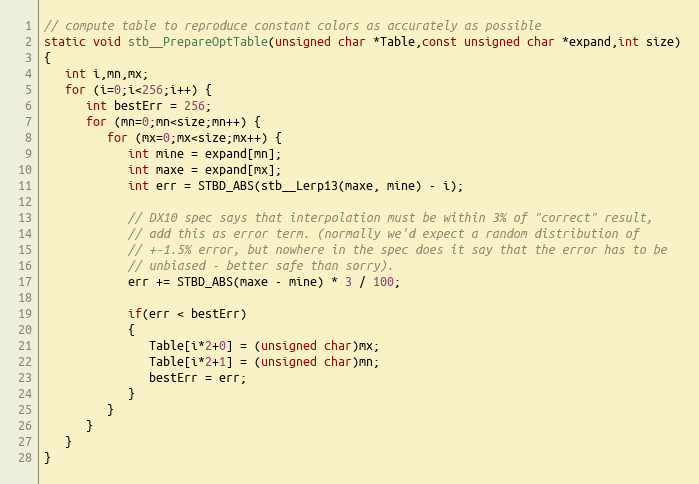
Language: C
// compute table to reproduce constant colors as accurately as possible
static void stb__PrepareOptTable(unsigned char *Table,const unsigned char *expand,int size)
{
   int i,mn,mx;
   for (i=0;i<256;i++) {
      int bestErr = 256;
      for (mn=0;mn<size;mn++) {
         for (mx=0;mx<size;mx++) {
            int mine = expand[mn];
            int maxe = expand[mx];
            int err = STBD_ABS(stb__Lerp13(maxe, mine) - i);

            // DX10 spec says that interpolation must be within 3% of "correct" result,
            // add this as error term. (normally we'd expect a random distribution of
            // +-1.5% error, but nowhere in the spec does it say that the error has to be
            // unbiased - better safe than sorry).
            err += STBD_ABS(maxe - mine) * 3 / 100;

            if(err < bestErr)
            {
               Table[i*2+0] = (unsigned char)mx;
               Table[i*2+1] = (unsigned char)mn;
               bestErr = err;
            }
         }
      }
   }
}